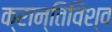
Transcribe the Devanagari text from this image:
क्रान्तिविश्व